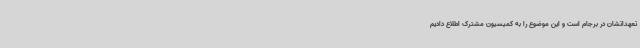
تعهداتشان در برجام است و این موضوع را به کمیسیون مشترک اطلاع دادیم